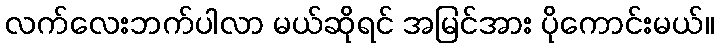
လက်လေးဘက်ပါလာ မယ်ဆိုရင် အမြင်အား ပိုကောင်းမယ်။